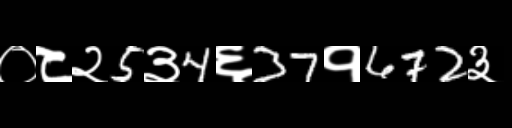
Text: ०८२5३4६37१672३